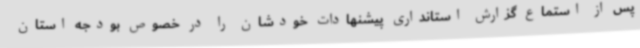
پس از استماع گزارش استانداری پیشنهادات خودشان را در خصوص بودجه استان